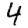
Digit: 4